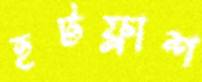
হটফ্লাশ